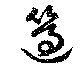
簻